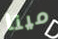
مينا